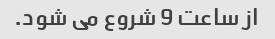
از ساعت 9 شروع می شود.